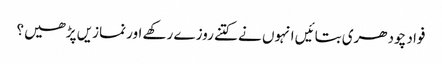
فواد چودھری بتائیں انہوں نے کتنے روزے رکھے اور نمازیں پڑھیں؟